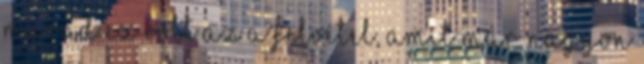
marad Ez volt az a felvétel, amit már nagyon